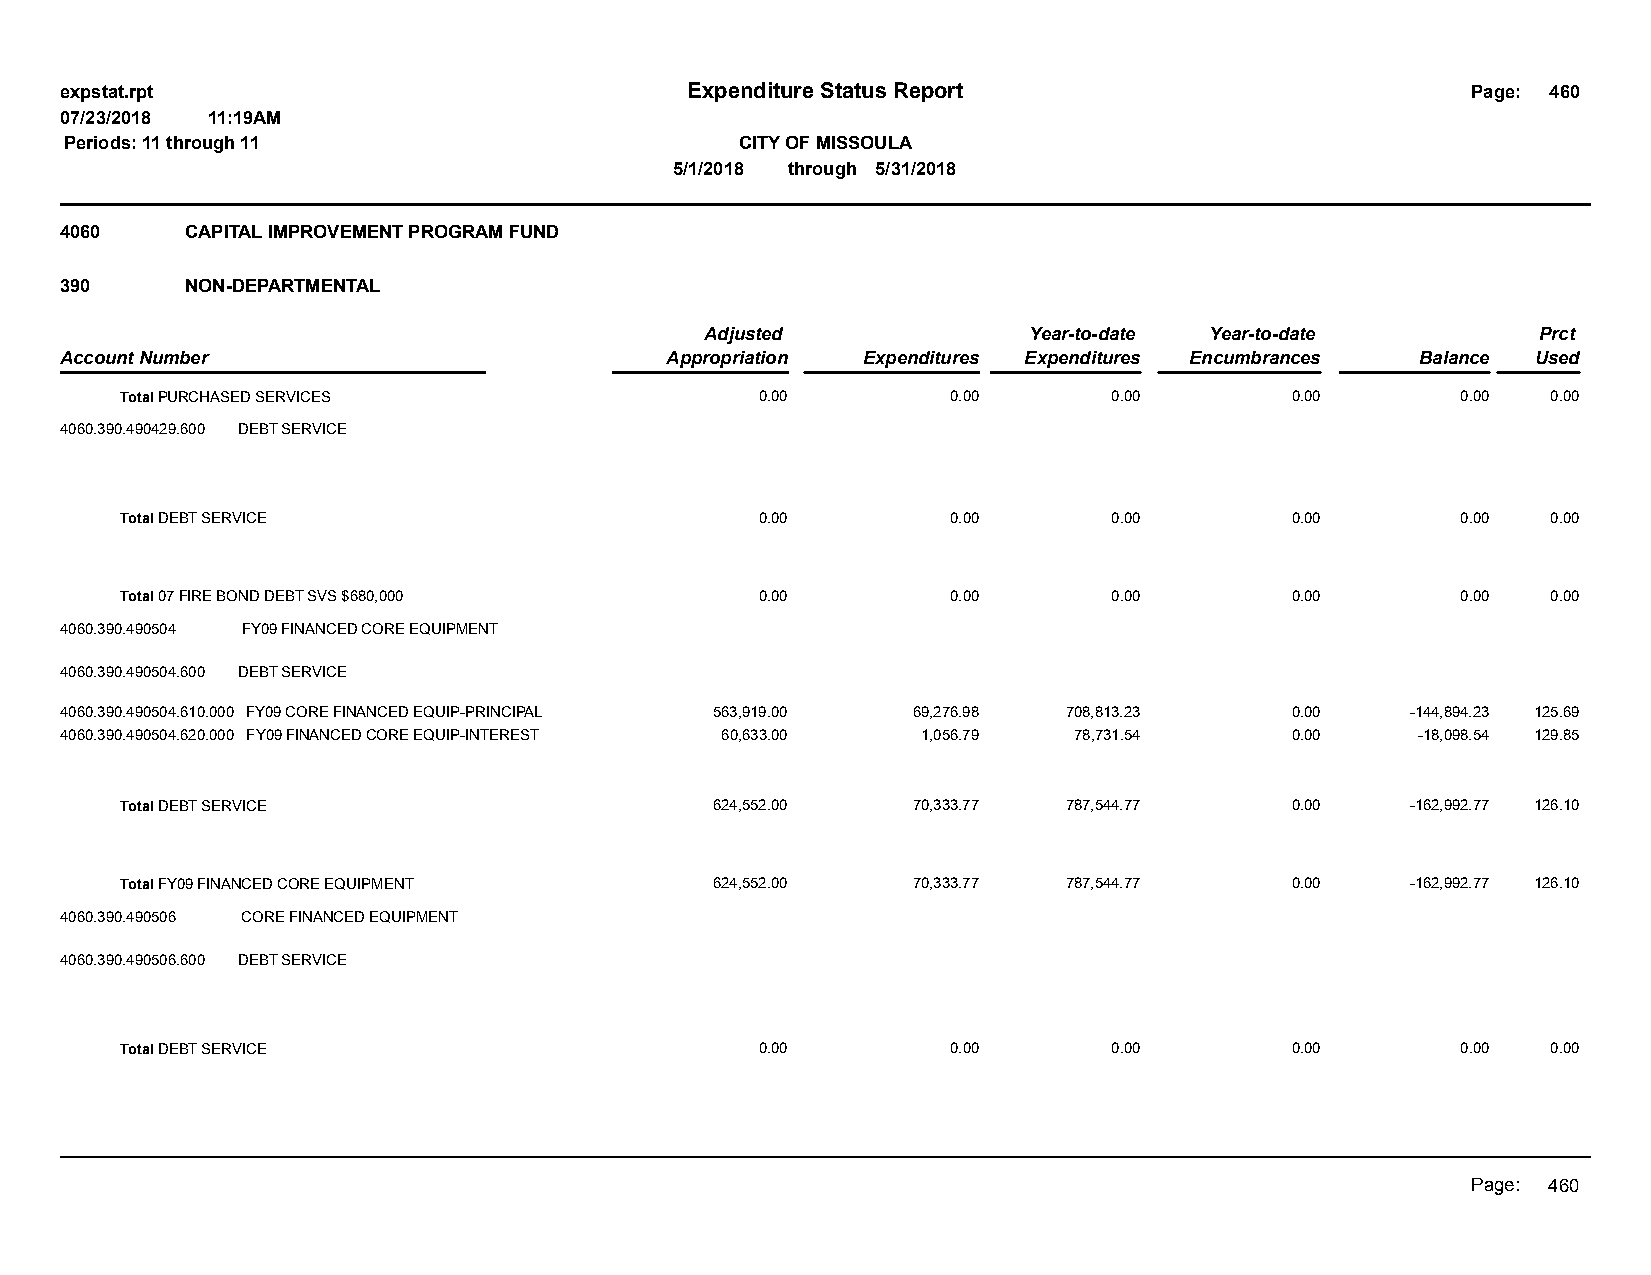
expstat.rpt                              Expenditure Status Report                           Page: 460
 07/23/2018 11:19AM
 Periods: 11 through 11                       CITY OF MISSOULA
 5/1/2018 through 5/31/2018
 4060    CAPITAL IMPROVEMENT PROGRAM FUND
 390     NON-DEPARTMENTAL
 Adjusted             Year-to-date Year-to-date         Prct
 Account Number                          Appropriation Expenditures Expenditures Encumbrances Balance Used
 Total PURCHASED SERVICES                  0.00         0.00       0.00       0.00        0.00  0.00
 4060.390.490429.600 DEBT SERVICE
 Total DEBT SERVICE                        0.00         0.00       0.00       0.00        0.00  0.00
 Total 07 FIRE BOND DEBT SVS $680,000      0.00         0.00       0.00       0.00        0.00  0.00
 4060.390.490504 FY09 FINANCED CORE EQUIPMENT
 4060.390.490504.600 DEBT SERVICE
 4060.390.490504.610.000 FY09 CORE FINANCED EQUIP-PRINCIPAL 563,919.00 69,276.98 708,813.23 0.00 -144,894.23 125.69
 4060.390.490504.620.000 FY09 FINANCED CORE EQUIP-INTEREST 60,633.00 1,056.79 78,731.54 0.00 -18,098.54 129.85
 Total DEBT SERVICE                     624,552.00   70,333.77  787,544.77    0.00    -162,992.77 126.10
 Total FY09 FINANCED CORE EQUIPMENT     624,552.00   70,333.77  787,544.77    0.00    -162,992.77 126.10
 4060.390.490506 CORE FINANCED EQUIPMENT
 4060.390.490506.600 DEBT SERVICE
 Total DEBT SERVICE                        0.00         0.00       0.00       0.00        0.00  0.00
 Page: 460